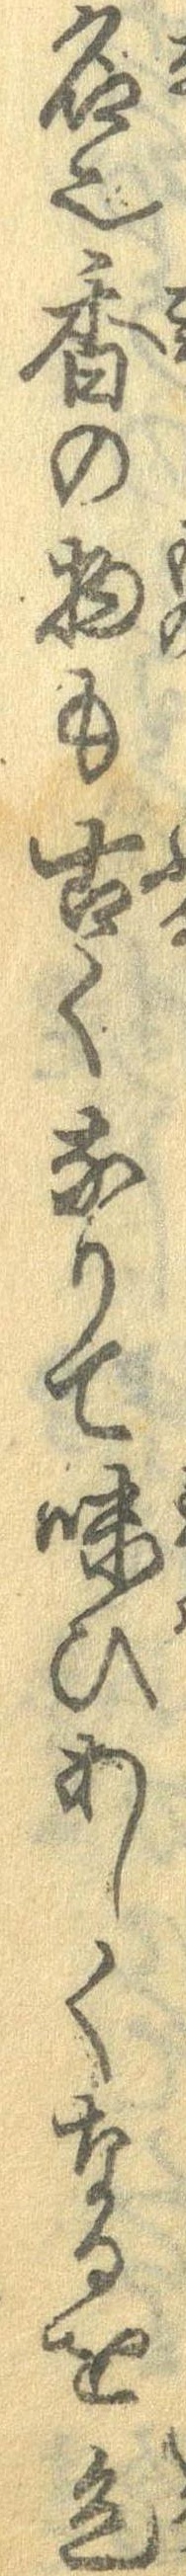
名也香の物も古くなりて味ひあしくなるを色